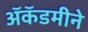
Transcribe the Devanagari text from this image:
ॲकॅडमीने